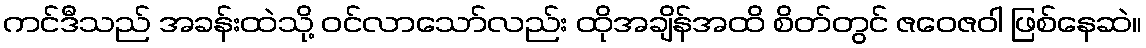
ကင်ဒီသည် အခန်းထဲသို့ ဝင်လာသော်လည်း ထိုအချိန်အထိ စိတ်တွင် ဇဝေဇဝါ ဖြစ်နေဆဲ။